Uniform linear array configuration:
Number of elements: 4
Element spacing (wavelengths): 0.25
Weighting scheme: hann
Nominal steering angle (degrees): -45
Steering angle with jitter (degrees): -43.997
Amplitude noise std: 0.05
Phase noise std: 0.05

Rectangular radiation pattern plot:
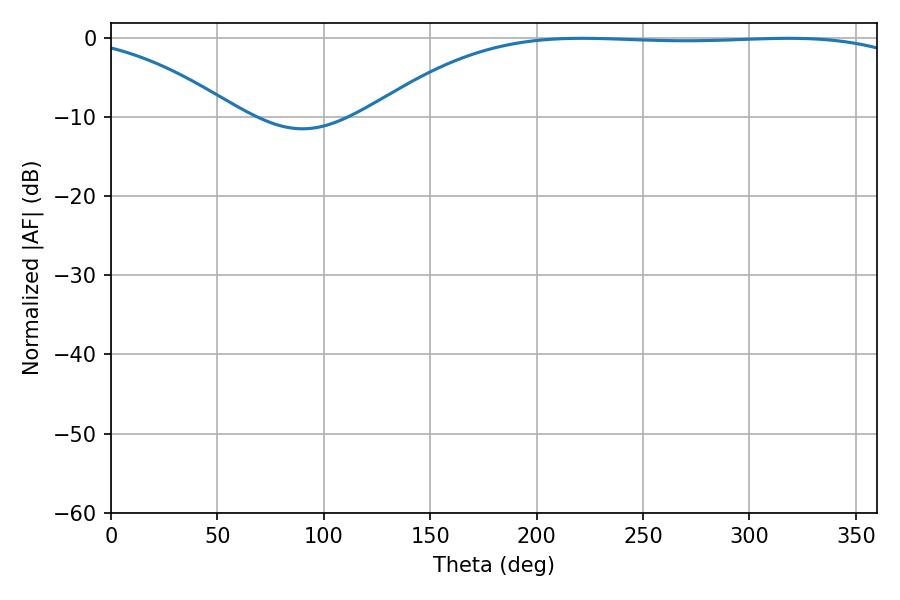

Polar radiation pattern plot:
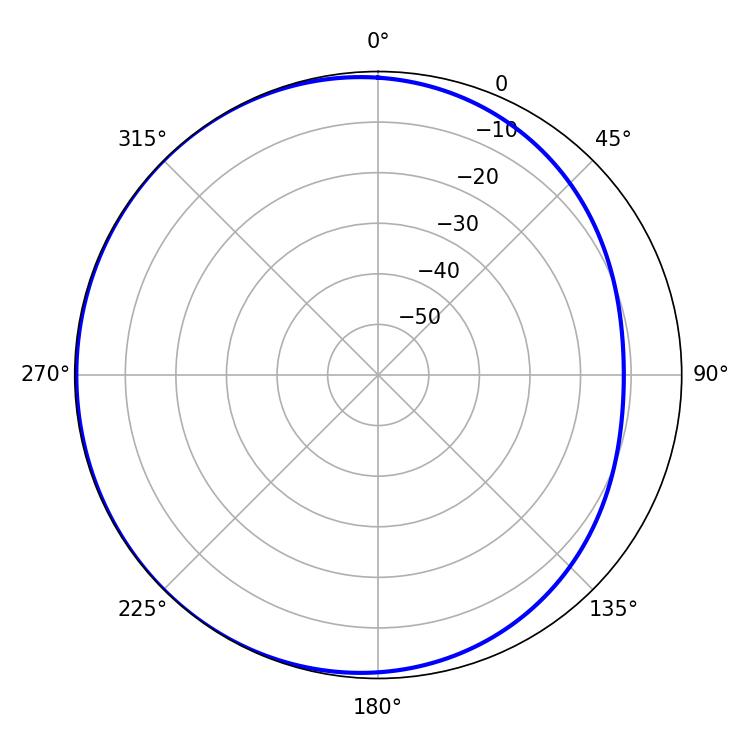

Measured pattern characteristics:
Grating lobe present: FALSE
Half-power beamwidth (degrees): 199.8
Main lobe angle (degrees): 221.4